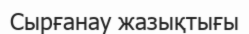
Сырғанау жазықтығы